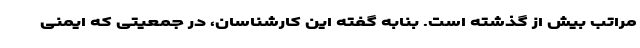
مراتب بیش از گذشته است. بنابه گفته این کارشناسان، در جمعیتی که ایمنی